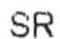
SR